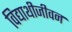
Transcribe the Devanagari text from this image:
विद्याथीजीवन